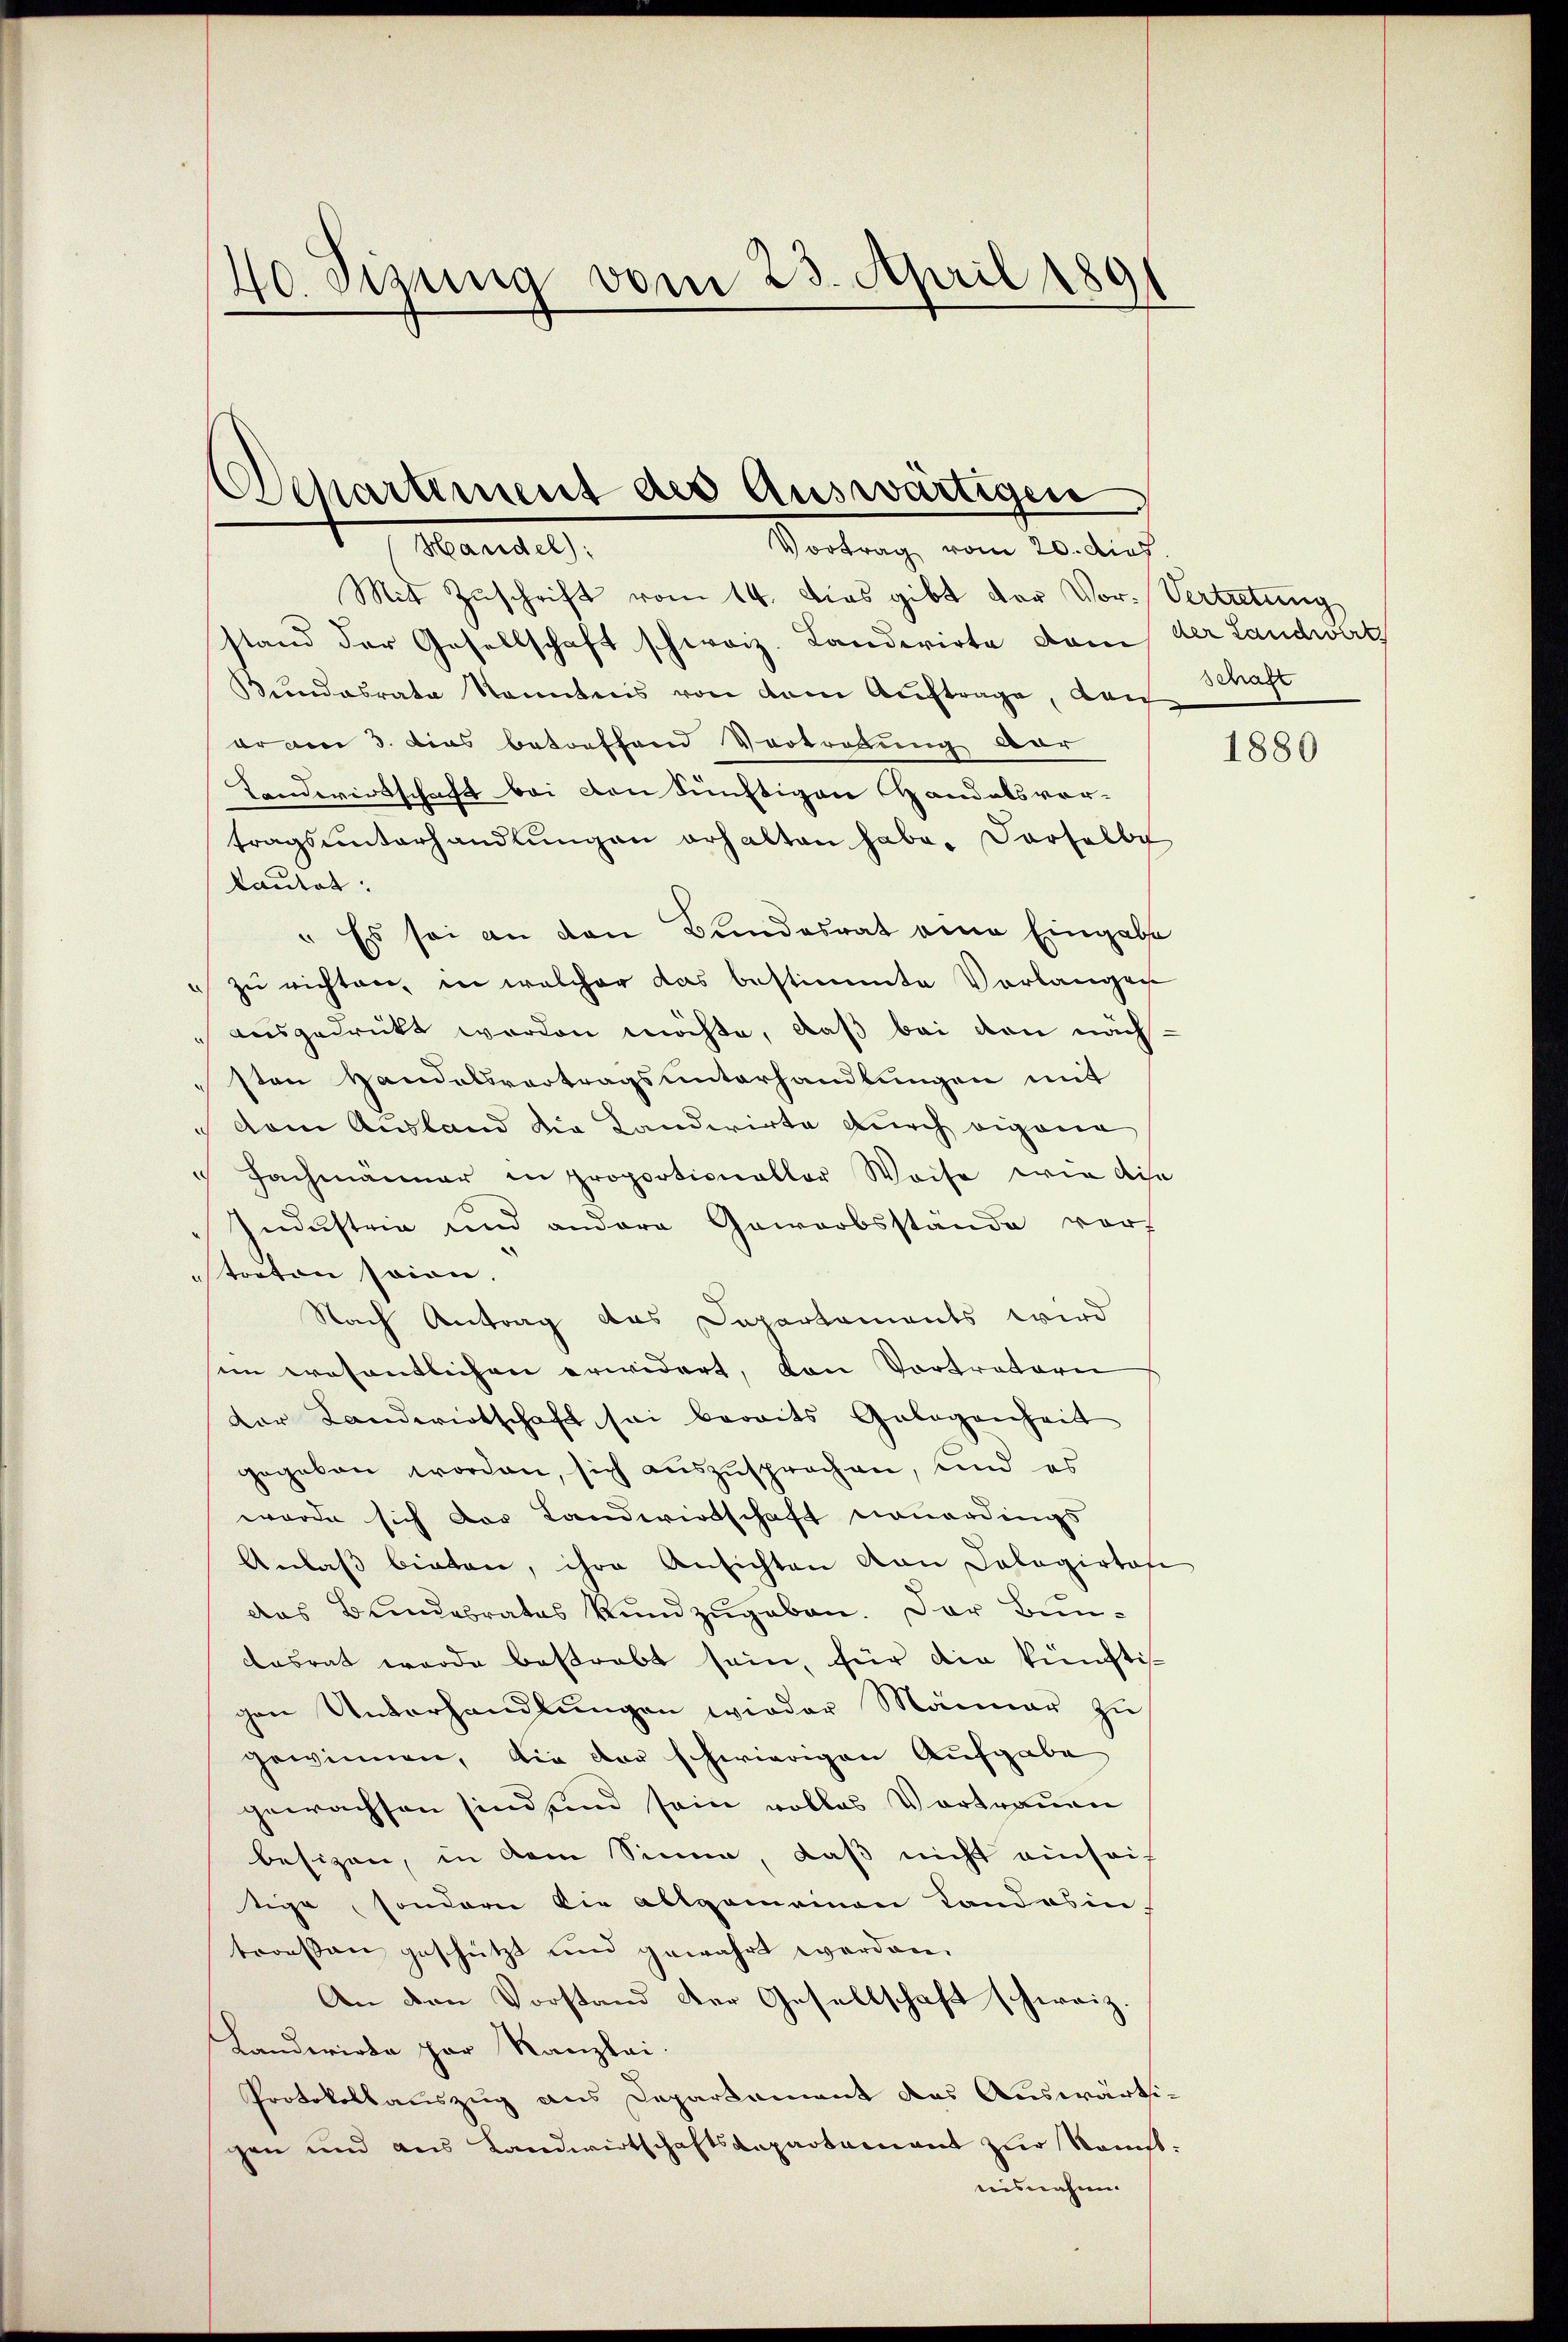
40. Sizung vom 23. April 1891

Vortrag vom 20. dich
Handel):
Mit Zuschrift vom 14. Dies gibt der Vor-Vertretung
stand der Gesellschaft schweiz. Landwirte dem der Landwerth
Kundesrate konntens von dem Auftrage, dan
er am 3. Dies betreffend Vortretung vor
Landwirtschaft bei von künftigen Handelsvor-
tragsŭnterhandlŭngen erhalten habe. Derselbe
kautet:
" Es sei an den Bundesrat eine Eingabe
zu richten, in welcher das bestimmte Vorlangen
ausgedrückt worden möchte, daß bei den nächsten Handelsvertragsunterhandlungen mit
 dem Ausland die Landwirte durch eigena
 Fachmänner in proportionaller Weise wie dise
Industria und andere Gewerbsstände vor-
torten seine.
Nach Antrag das Departaments wird
im wesentlichen erwidert, von Vortratern
Dor Landwirtschaft sei bereits Gelegenheit
gegeben worden, sich auszusprochen, und es
wurde sich der Landwirtschaft neuerdings
Anlaß bieten, ihre Ansichten von Cologirtafe
das Bundesrates Kundzugaben. Der Bundasrat werde bestrebt sein, für die künftisgen Unterhandlungen wieder Männer zu
gewinnen, die der schwierigen Aufgabe
gewachsen sind sind sein volles Vortrauen
besizen, in dem Sinne, daß nicht einheit
tige, sondern die allgemeinen Landosin
troessen geschützt und gewährt werden.
An den Vorstand der Gesellschaft schweiz.
Landwirka par Kanzlei.
Protokollauszug aus Departement das Auswärtigen und aus Landwirtschaftsaepartamant zŭr Namst:
eisnahm.

Departement des Auswärtigen

Schaft

1880